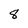
Character: 8